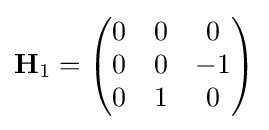
\mathbf {H} _{1}={\begin{pmatrix}0&0&0\\0&0&-1\\0&1&0\end{pmatrix}}